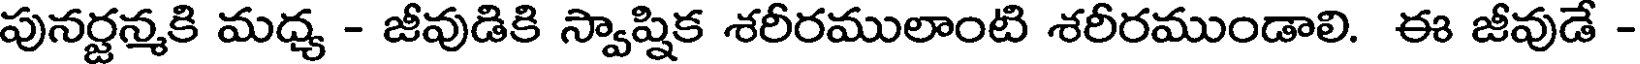
పునర్జన్మకి మధ్య - జీవుడికి స్వాష్షిక శరీరములాంటి శరీరముండాలి. ఈ జీవుడే -